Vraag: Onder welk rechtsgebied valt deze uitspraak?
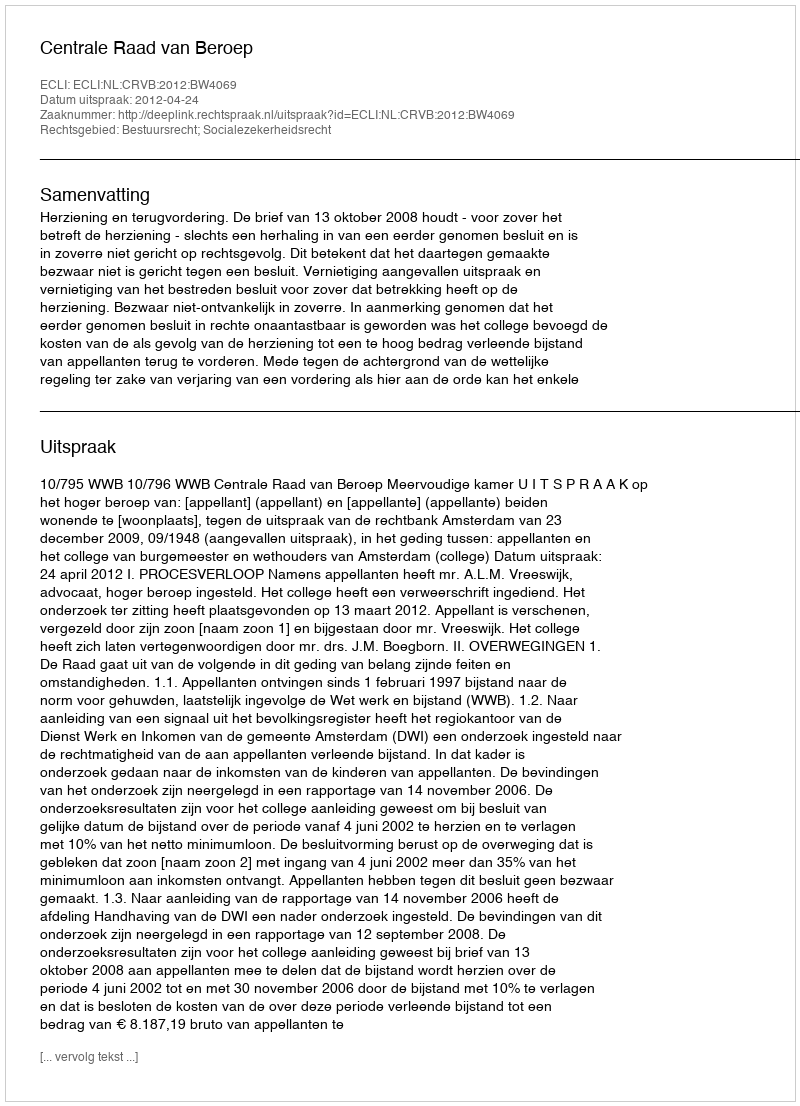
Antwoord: Bestuursrecht; Socialezekerheidsrecht